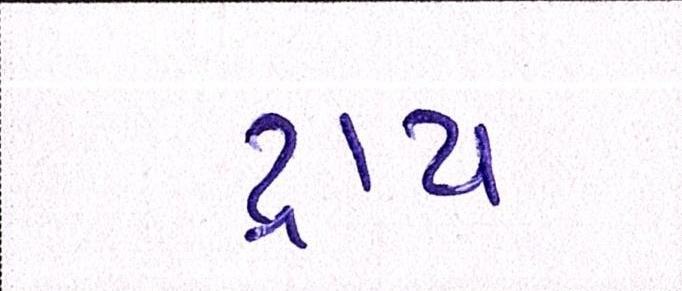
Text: ટ્રાય